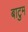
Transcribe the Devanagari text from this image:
बाटुम